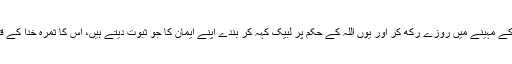
وہ یہ کہ رمضان کے مہینے میں روزے رکھ کر اور یوں اللہ کے حکم پر لبیک کہہ کر بندے اپنے ایمان کا جو ثبوت دیتے ہیں، اس کا ثمرہ خدا کے قرب کا تجربہ ہے۔